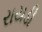
રાયડી